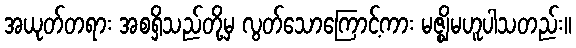
အယုတ်တရား အစရှိသည်တို့မှ လွတ်သောကြောင့်ကား မဇ္ဈိမဟူပါသတည်း။